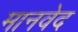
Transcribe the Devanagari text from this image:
मानवेद